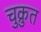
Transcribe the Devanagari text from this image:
चुक्रुत